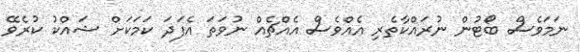
ނަަމަވެސް ބޯޓުން ނުރައްކާތެރި އެއްވެސް އެއްޗެއް ނުވަތަ އެފަދަ ކަމަކަށް ޝައްކު ކުރެވޭ